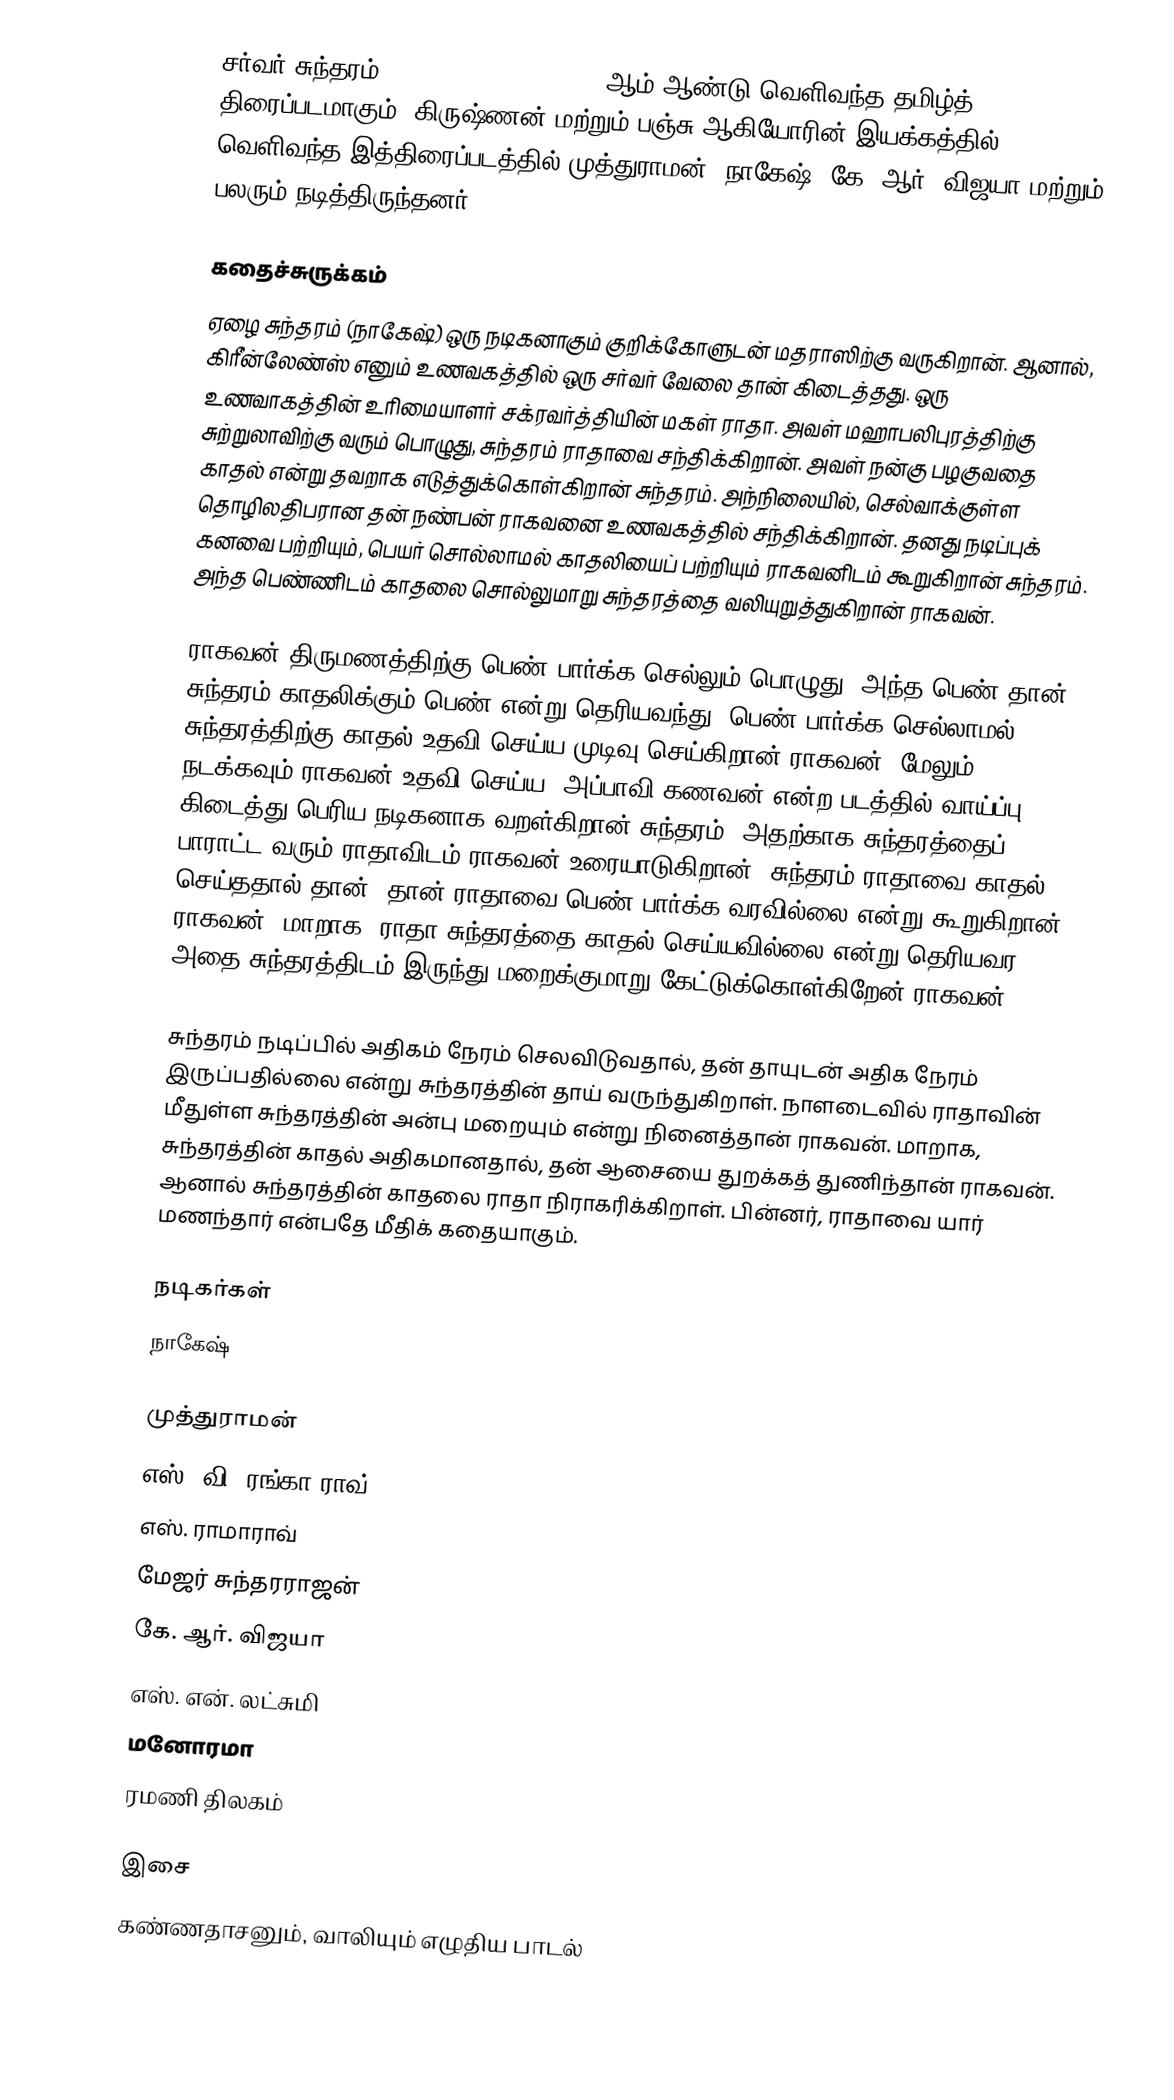
சர்வர் சுந்தரம் (Server Sundaram) 1964 ஆம் ஆண்டு வெளிவந்த தமிழ்த் திரைப்படமாகும். கிருஷ்ணன் மற்றும் பஞ்சு ஆகியோரின் இயக்கத்தில் வெளிவந்த இத்திரைப்படத்தில் முத்துராமன், நாகேஷ், கே. ஆர். விஜயா மற்றும் பலரும் நடித்திருந்தனர்.

கதைச்சுருக்கம்
ஏழை சுந்தரம் (நாகேஷ்) ஒரு நடிகனாகும் குறிக்கோளுடன் மதராஸிற்கு வருகிறான். ஆனால், கிரீன்லேண்ஸ் எனும் உணவகத்தில் ஒரு சர்வர் வேலை தான் கிடைத்தது. ஒரு உணவாகத்தின் உரிமையாளர் சக்ரவர்த்தியின் மகள் ராதா. அவள் மஹாபலிபுரத்திற்கு சுற்றுலாவிற்கு வரும் பொழுது, சுந்தரம் ராதாவை சந்திக்கிறான். அவள் நன்கு பழகுவதை காதல் என்று தவறாக எடுத்துக்கொள்கிறான் சுந்தரம். அந்நிலையில், செல்வாக்குள்ள தொழிலதிபரான தன் நண்பன் ராகவனை உணவகத்தில் சந்திக்கிறான். தனது நடிப்புக் கனவை பற்றியும், பெயர் சொல்லாமல் காதலியைப் பற்றியும் ராகவனிடம் கூறுகிறான் சுந்தரம். அந்த பெண்ணிடம் காதலை சொல்லுமாறு சுந்தரத்தை வலியுறுத்துகிறான் ராகவன்.

ராகவன் திருமணத்திற்கு பெண் பார்க்க செல்லும் பொழுது, அந்த பெண் தான் சுந்தரம் காதலிக்கும் பெண் என்று தெரியவந்து, பெண் பார்க்க செல்லாமல் சுந்தரத்திற்கு காதல் உதவி செய்ய முடிவு செய்கிறான் ராகவன். மேலும் நடக்கவும் ராகவன் உதவி செய்ய, அப்பாவி கணவன் என்ற படத்தில் வாய்ப்பு கிடைத்து பெரிய நடிகனாக வறள்கிறான் சுந்தரம். அதற்காக சுந்தரத்தைப் பாராட்ட வரும் ராதாவிடம் ராகவன் உரையாடுகிறான். சுந்தரம் ராதாவை காதல் செய்ததால் தான், தான் ராதாவை பெண் பார்க்க வரவில்லை என்று கூறுகிறான் ராகவன். மாறாக, ராதா சுந்தரத்தை காதல் செய்யவில்லை என்று தெரியவர, அதை சுந்தரத்திடம் இருந்து மறைக்குமாறு கேட்டுக்கொள்கிறேன் ராகவன்.

சுந்தரம் நடிப்பில் அதிகம் நேரம் செலவிடுவதால், தன் தாயுடன் அதிக நேரம் இருப்பதில்லை என்று சுந்தரத்தின் தாய் வருந்துகிறாள். நாளடைவில் ராதாவின் மீதுள்ள சுந்தரத்தின் அன்பு மறையும் என்று நினைத்தான் ராகவன். மாறாக, சுந்தரத்தின் காதல் அதிகமானதால், தன் ஆசையை துறக்கத் துணிந்தான் ராகவன். ஆனால் சுந்தரத்தின் காதலை ராதா நிராகரிக்கிறாள். பின்னர், ராதாவை யார் மணந்தார் என்பதே மீதிக் கதையாகும்.

நடிகர்கள்
 நாகேஷ்

 முத்துராமன்
 எஸ். வி. ரங்கா ராவ்
 எஸ். ராமாராவ்
 மேஜர் சுந்தரராஜன்
 கே. ஆர். விஜயா
 எஸ். என். லட்சுமி
 மனோரமா
 ரமணி திலகம்

இசை
கண்ணதாசனும், வாலியும் எழுதிய பாடல்